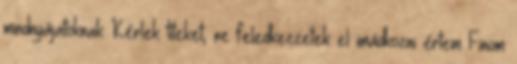
mindnyájatoknak Kérlek titeket, ne feledkezzetek el imádkozni értem Finom